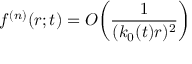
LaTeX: f ^ { ( n ) } ( r ; t ) = O \bigg ( \frac { 1 } { ( k _ { 0 } ( t ) r ) ^ { 2 } } \bigg )